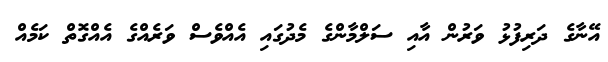
އޭނާގެ ދަރިފުޅު ވަރުން އާއި ސަލްމާންގެ މެދުގައި އެއްވެސް ވަރެއްގެ އެއްގޮތް ކަމެއް